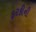
ફરકીની